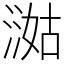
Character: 㵈